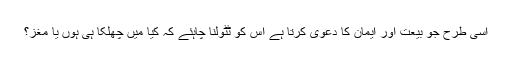
اسی طرح جو بیعت اور ایمان کا دعویٰ کرتا ہے اُس کو ٹٹولنا چاہئے کہ کیا میں چھلکا ہی ہوں یا مغز؟